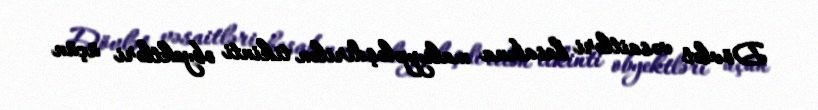
Dövlət vəsaitləri hesabına maliyyələşdirilən tikinti obyektləri üçün